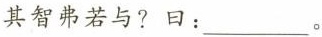
其智弗若与?曰：___。